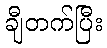
ချီတက်ပြီး